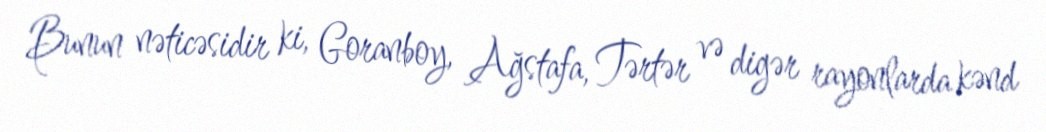
Bunun nəticəsidir ki, Goranboy, Ağstafa, Tərtər və digər rayonlarda kənd